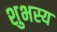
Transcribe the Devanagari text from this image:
शुभस्य